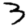
Digit: 3